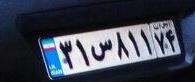
۳۱س۸۱۱۷۴